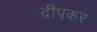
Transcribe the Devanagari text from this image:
दीपकर